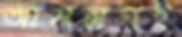
আমন্ত্রণই